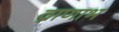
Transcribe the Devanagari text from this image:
व्राणाभ